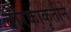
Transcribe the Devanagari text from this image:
तारकाकृतीने